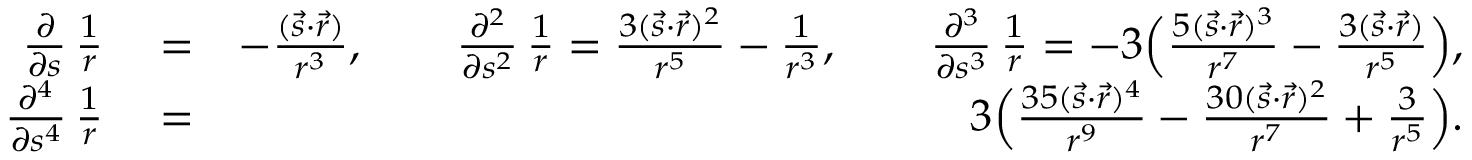
\begin{array} { r l r } { \frac { \partial } { \partial { s } } \, \frac { 1 } { r } } & { { } = } & { - \frac { ( { \vec { s } } \cdot { \vec { r } } ) } { r ^ { 3 } } , \qquad \frac { \partial ^ { 2 } } { \partial { s } ^ { 2 } } \, \frac { 1 } { r } = \frac { 3 ( { \vec { s } } \cdot { \vec { r } } ) ^ { 2 } } { r ^ { 5 } } - \frac { 1 } { r ^ { 3 } } , \qquad \frac { \partial ^ { 3 } } { \partial { s } ^ { 3 } } \, \frac { 1 } { r } = - 3 \Big ( \frac { 5 ( { \vec { s } } \cdot { \vec { r } } ) ^ { 3 } } { r ^ { 7 } } - \frac { 3 ( { \vec { s } } \cdot { \vec { r } } ) } { r ^ { 5 } } \Big ) , } \\ { \frac { \partial ^ { 4 } } { \partial { s ^ { 4 } } } \, \frac { 1 } { r } } & { { } = } & { 3 \Big ( \frac { 3 5 ( { \vec { s } } \cdot { \vec { r } } ) ^ { 4 } } { r ^ { 9 } } - \frac { 3 0 ( { \vec { s } } \cdot { \vec { r } } ) ^ { 2 } } { r ^ { 7 } } + \frac { 3 } { r ^ { 5 } } \Big ) . } \end{array}